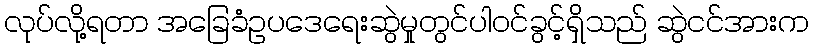
လုပ်လို့ရတာ အခြေခံဥပဒေရေးဆွဲမှုတွင်ပါဝင်ခွင့်ရှိသည် ဆွဲငင်အားက